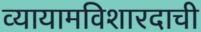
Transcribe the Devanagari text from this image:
व्यायामविशारदाची